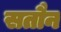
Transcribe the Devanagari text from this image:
सतौन